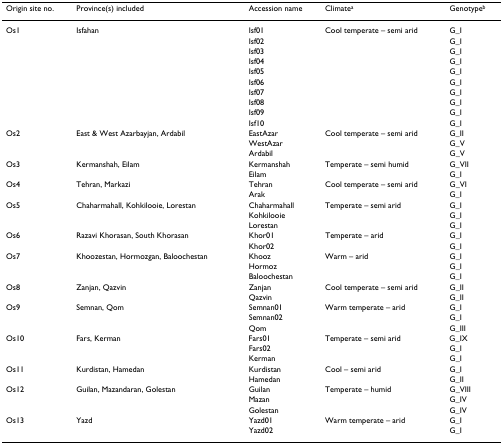
| Origin site no. | Province(s) included | Accession name | Climatea | Genotypeb |
 | --- | --- | --- | --- | --- |
 | Os1 | Isfahan | Isf01 | Cool temperate – semi arid | G_I |
 |  |  | Isf02 |  | G_I |
 |  |  | Isf03 |  | G_I |
 |  |  | Isf04 |  | G_I |
 |  |  | Isf05 |  | G_I |
 |  |  | Isf06 |  | G_I |
 |  |  | Isf07 |  | G_I |
 |  |  | Isf08 |  | G_I |
 |  |  | Isf09 |  | G_I |
 |  |  | Isf10 |  | G_I |
 | Os2 | East & West Azarbayjan, Ardabil | EastAzar | Cool temperate – semi arid | G_II |
 |  |  | WestAzar |  | G_V |
 |  |  | Ardabil |  | G_V |
 | Os3 | Kermanshah, Eilam | Kermanshah | Temperate – semi humid | G_VII |
 |  |  | Eilam |  | G_I |
 | Os4 | Tehran, Markazi | Tehran | Cool temperate – semi arid | G_VI |
 |  |  | Arak |  | G_I |
 | Os5 | Chaharmahall, Kohkilooie, Lorestan | Chaharmahall | Temperate – semi arid | G_I |
 |  |  | Kohkilooie |  | G_I |
 |  |  | Lorestan |  | G_I |
 | Os6 | Razavi Khorasan, South Khorasan | Khor01 | Temperate – arid | G_I |
 |  |  | Khor02 |  | G_I |
 | Os7 | Khoozestan, Hormozgan, Baloochestan | Khooz | Warm – arid | G_I |
 |  |  | Hormoz |  | G_I |
 |  |  | Baloochestan |  | G_I |
 | Os8 | Zanjan, Qazvin | Zanjan | Cool temperate – semi arid | G_II |
 |  |  | Qazvin |  | G_II |
 | Os9 | Semnan, Qom | Semnan01 | Warm temperate – arid | G_I |
 |  |  | Semnan02 |  | G_I |
 |  |  | Qom |  | G_III |
 | Os10 | Fars, Kerman | Fars01 | Temperate – semi arid | G_IX |
 |  |  | Fars02 |  | G_I |
 |  |  | Kerman |  | G_I |
 | Os11 | Kurdistan, Hamedan | Kurdistan | Cool – semi arid | G_I |
 |  |  | Hamedan |  | G_II |
 | Os12 | Guilan, Mazandaran, Golestan | Guilan | Temperate – humid | G_VIII |
 |  |  | Mazan |  | G_IV |
 |  |  | Golestan |  | G_IV |
 | Os13 | Yazd | Yazd01 | Warm temperate – arid | G_I |
 |  |  | Yazd02 |  | G_I |